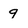
Character: q